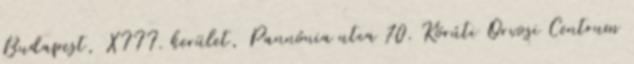
Budapest, XIII. kerület, Pannónia utca 70. Körúti Orvosi Centrum